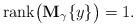
LaTeX: \begin{align*} \mathrm{rank}\big(\mathbf{M}_{\gamma}\{y\}\big) = 1.\end{align*}